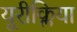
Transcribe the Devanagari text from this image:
यूरीक्लिया